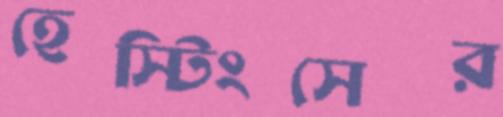
হেস্টিংসের